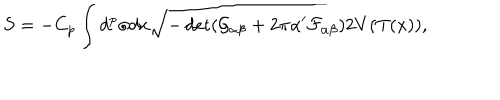
LaTeX: S = - C _ { p } \int d ^ { p } \sigma d x \sqrt { - \det ( \mathcal { G } _ { \alpha \beta } + 2 \pi \alpha ^ { \prime } \mathcal { F } _ { \alpha \beta } ) } 2 V ( T ( x ) ) ,